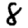
Digit: 8